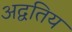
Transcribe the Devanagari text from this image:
अद्वतिय